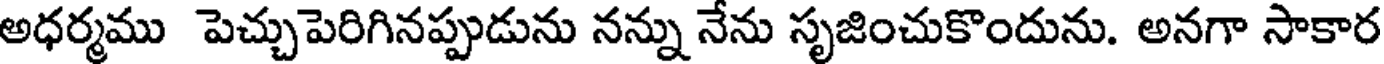
అధర్మము పెచ్చుపెరిగినప్పుడును నన్ను నేను సృజించుకొందును. అనగా సాకార